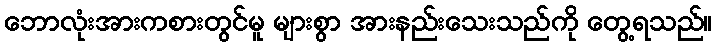
ဘောလုံးအားကစားတွင်မူ များစွာ အားနည်းသေးသည်ကို တွေ့ရသည်။